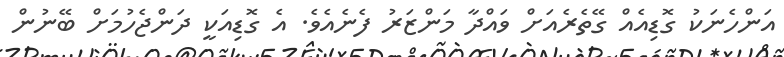
އަންހެނަކު ގޮޑިއެއް ގޭތެރެއަށް ވައްދާ މަންޒަރު ފެނެއެވެ. އެ ގޮޑިއަކީ ދަންޖެހުމަށް ބޭނުން